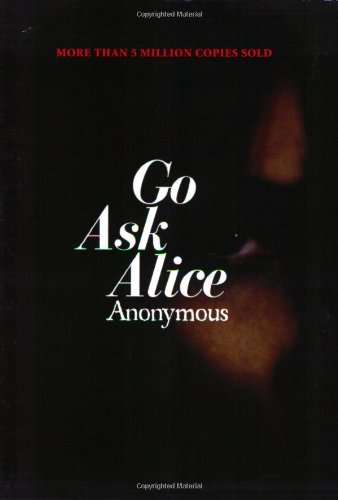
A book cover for Go Ask Alice; Anonymous; Health, Fitness & Dieting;